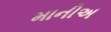
માનીઅ